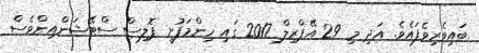
ބައިވެރިވެފައެވެ. އަދި މި 29 އޭޕްރިލް 2017 ގައި ހިންމަފުށީ ޕޮލިސް ސްޓޭޝަންއިންވެސް